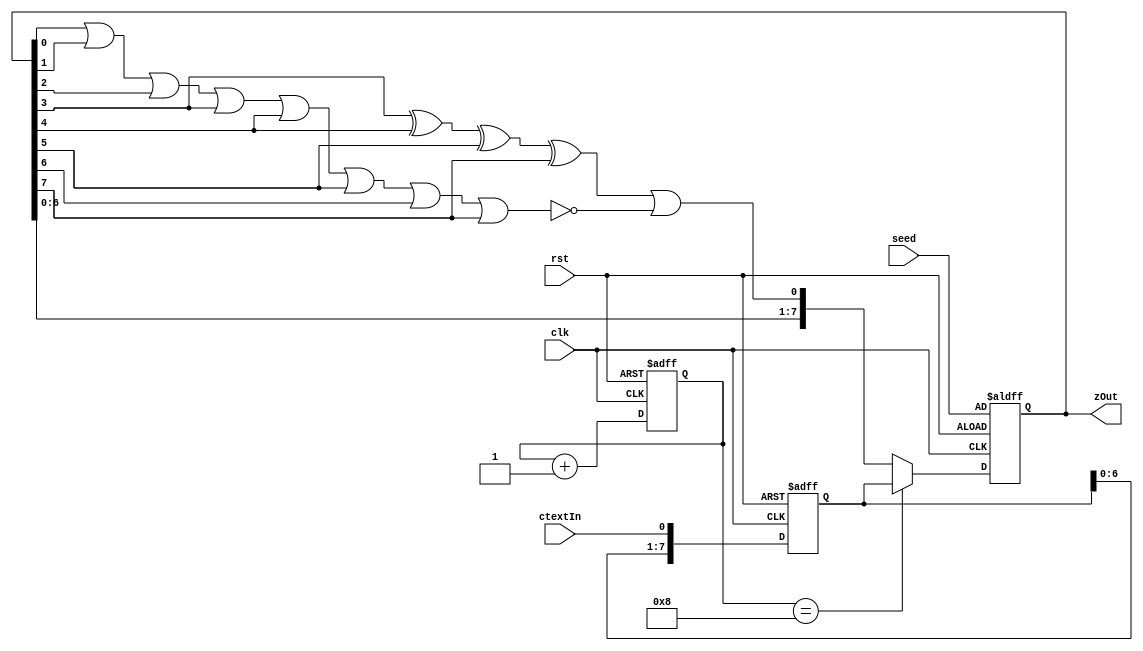
`timescale 1ns / 1ps
//////////////////////////////////////////////////////////////////////////////////
// Company: 
// Engineer: 
// 
// Design Name: 
// Module Name:    LFSR 
// Project Name: 
// Target Devices: l
// Tool versions: 
// Description: 
//
// Dependencies: 
//
// Revision: 
// Revision 0.01 - File Created
// Additional Comments: 9'b1_0111_0001
//
//////////////////////////////////////////////////////////////////////////////////
module LFSR3 #(parameter polinom = 9'b1_0111_0001)(clk, rst, ctextIn, zOut,seed);

	input [7:0]		seed;
	input				clk;
	input				rst;
	input				ctextIn;
	output [7:0]		zOut;

	(*KEEP="TRUE"*)reg 	[7:0] 	ffs;
	(*KEEP="TRUE"*)reg	[7:0]		ctext_reg;
						reg	[3:0]		counter;
	assign zOut = ffs;
	
	assign feedback = 	// Classic LSFR.
								(polinom[1] && ffs[0]) ^ 
								(polinom[2] && ffs[1]) ^ 
								(polinom[3] && ffs[2]) ^ 
								(polinom[4] && ffs[3]) ^ 
								(polinom[5] && ffs[4]) ^ 
								(polinom[6] && ffs[5]) ^ 
								(polinom[7] && ffs[6]) ^ 
								(polinom[8] && ffs[7]) | 
								// All zero protection.
								!(	ffs[0] | ffs[1] | 
									ffs[2] | ffs[3] | 
									ffs[4] | ffs[5] | 
									ffs[6] | ffs[7]
								);						
								

	always@(posedge clk or posedge rst)
	begin
		if(rst)
		begin
			ffs 			<= seed;	// starting seed to protect first 8 bytes.
			ctext_reg 	<= 8'h00;
			counter		<= 4'h0;
		end
		else
		begin
			counter <= counter + 1;
			if(counter == 4'h8)	// In every 8 cycle take ciphertext as seed.
										// Which means any error will be corrected after 8 errorless cycles.
			begin
				ffs <= ctext_reg;
			end
			else
			begin
				ffs <= {ffs[6:0],feedback};				
			end
			ctext_reg <= {ctext_reg[6:0],ctextIn};
		end
	end
endmodule